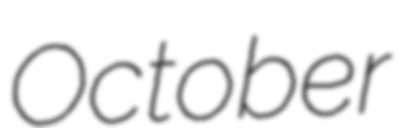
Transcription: October